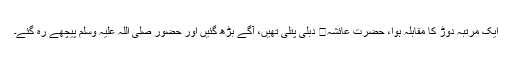
ایک مرتبہ دوڑ کا مقابلہ ہوا، حضرت عائشہ دبلی پتلی تھیں، آگے بڑھ گئیں اور حضور صلی اللہ علیہ وسلم پیچھے رہ گئے۔